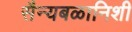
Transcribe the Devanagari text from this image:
सैन्यबळानिशी